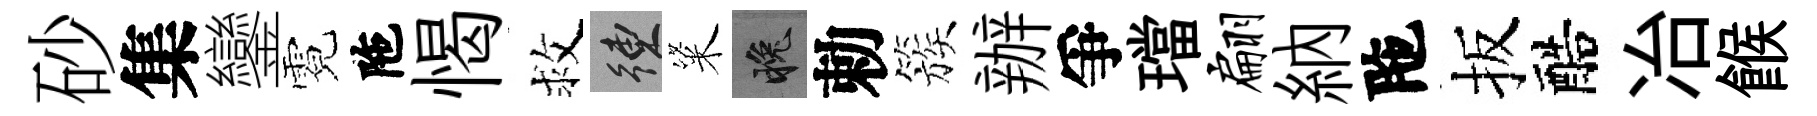
砂集鑾霓陁愒救練粢晚勅簇辦爭璫翩納陁扳醅冶餱